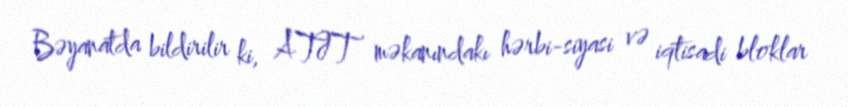
Bəyanatda bildirilir ki, ATƏT məkanındakı hərbi-siyasi və iqtisadi bloklar